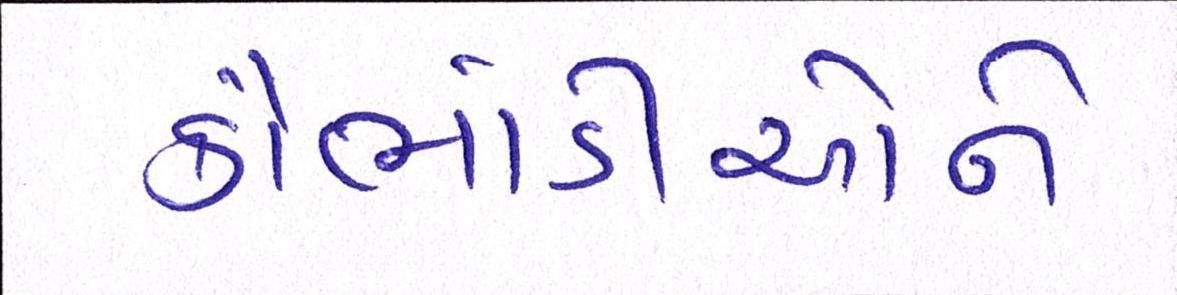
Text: કૌભાંડીઓને